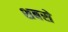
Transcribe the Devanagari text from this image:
शबसे